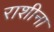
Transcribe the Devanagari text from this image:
राशीना